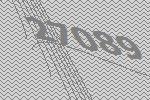
27089